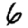
Digit: 6